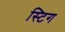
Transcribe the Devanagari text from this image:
स्टिग